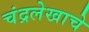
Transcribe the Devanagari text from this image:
चंद्रलेखाचे